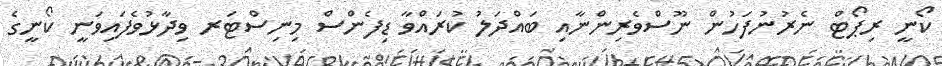
ކޯނީ ރިޕޯޓް ނެރުނުފަހުން ނޫސްވެރިންނާއި ބައްދަލު ކުރައްވާ ޑިފެންސް މިނިސްޓަރ ވިދާޅުވެފައިވަނީ ކޯނީގެ